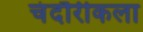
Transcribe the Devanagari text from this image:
चंदौरीकला